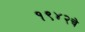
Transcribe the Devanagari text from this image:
१९४२चे